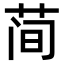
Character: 𫈉